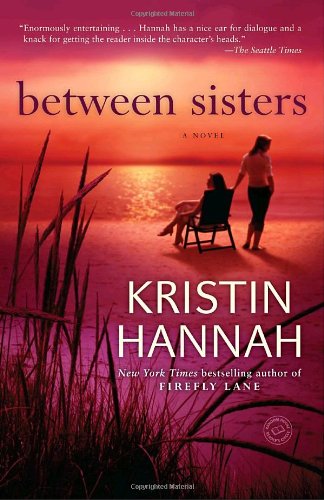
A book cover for Between Sisters: A Novel (Random House Reader's Circle); Kristin Hannah; Literature & Fiction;